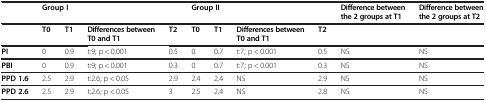
<table><thead><tr><td><b> </b></td><td colspan="4"><b>Group I</b></td><td colspan="4"><b>Group II</b></td><td><b>Difference between the 2 groups at T1</b></td><td><b>Difference between the 2 groups at T2</b></td></tr></thead><tbody><tr><td> </td><td><b>T0</b></td><td><b>T1</b></td><td><b>Differences between T0 and T1</b></td><td><b>T2</b></td><td><b>T0</b></td><td><b>T1</b></td><td><b>Differences between T0 and T1</b></td><td><b>T2</b></td><td> </td><td> </td></tr><tr><td><b>PI</b></td><td>0</td><td>0.9</td><td>t:9; p &lt; 0.001</td><td>0.5</td><td>0</td><td>0.7</td><td>t:7; p &lt; 0.001</td><td>0.5</td><td>NS</td><td>NS</td></tr><tr><td><b>PBI</b></td><td>0</td><td>0.9</td><td>t:9; p &lt; 0.001</td><td>0.3</td><td>0</td><td>0.7</td><td>t:7; p &lt; 0.001</td><td>0.3</td><td>NS</td><td>NS</td></tr><tr><td><b>PPD 1.6</b></td><td>2.5</td><td>2.9</td><td>t:2.6; p &lt; 0.05</td><td>2.9</td><td>2.4</td><td>2.4</td><td>NS</td><td>2.9</td><td>NS</td><td>NS</td></tr><tr><td><b>PPD 2.6</b></td><td>2.5</td><td>2.9</td><td>t:2.6; p &lt; 0.05</td><td>3</td><td>2.5</td><td>2.4</td><td>NS</td><td>2.8</td><td>NS</td><td>NS</td></tr></tbody></table>